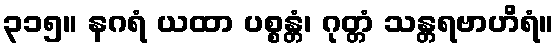
၃၁၅။ နဂရံ ယထာ ပစ္စန္တံ၊ ဂုတ္တံ သန္တရဗာဟိရံ။